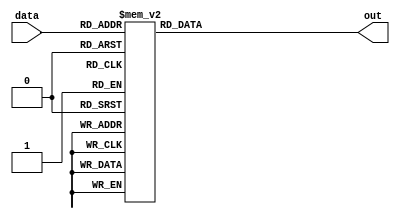
module encoder(
    input [3:0] data,
    output reg out
);

always @(*)
begin
    case(data)
        4'b0000: out = 1'b0;
        4'b0001: out = 1'b1;
        4'b0010: out = 1'b0;
        4'b0011: out = 1'b1;
        4'b0100: out = 1'b1;
        4'b0101: out = 1'b0;
        4'b0110: out = 1'b1;
        4'b0111: out = 1'b0;
        4'b1000: out = 1'b0;
        4'b1001: out = 1'b1;
        default: out = 1'b0;
    endcase
end

endmodule